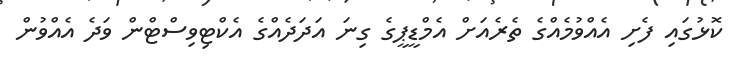
ކޮޅުގައި ފެށި އެއްވުމެއްގެ ތެރެއަށް އެމްޑީޕީގެ ގިނަ އަދަދެއްގެ އެކްޓިވިސްޓްން ވަދެ އެއްވުން